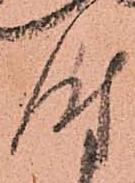
時